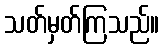
သတ်မှတ်ကြသည်။